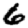
Digit: 6